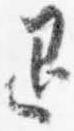
退